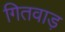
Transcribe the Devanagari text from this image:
गितवाड़